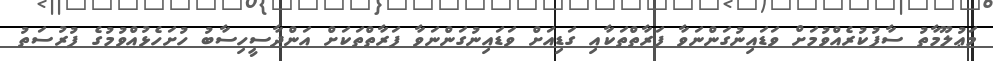
މަޢުލޫމާތު ސާފުކުރެއްވުމަށް ވަޑައިނުގަންނަވާ ފަރާތްތަކާއި ގަޑިއަށް ވަޑައިނުގަންނަވާ ފަރާތްތަކަށް އަންދާސީހިސާބު ހުށަހެޅުއްވުމުގެ ފުރުސަތު